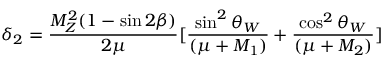
\delta _ { 2 } = \frac { M _ { Z } ^ { 2 } ( 1 - \sin 2 \beta ) } { 2 \mu } \lbrack \frac { \sin ^ { 2 } \theta _ { W } } { ( \mu + M _ { 1 } ) } + \frac { \cos ^ { 2 } \theta _ { W } } { ( \mu + M _ { 2 } ) } \rbrack